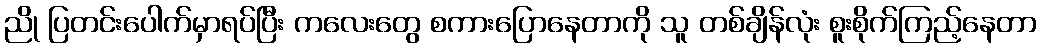
ညို ပြတင်းပေါက်မှာရပ်ပြီး ကလေးတွေ စကားပြောနေတာကို သူ တစ်ချိန်လုံး စူးစိုက်ကြည့်နေတာ